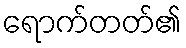
ရောက်တတ်၏